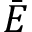
\bar { E }